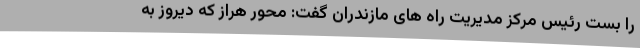
را بست رئیس مرکز مدیریت راه های مازندران گفت: محور هراز که دیروز به